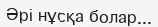
Әрі нұсқа болар...